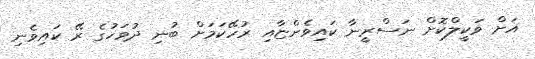
އަށް ވަކީލްކޮށް ނަސްރީނާ ކައިވެންޏާއި ރުހޭކަމަށް ބުނި ދުވަހުގެ ރޭ ކައިވެނި